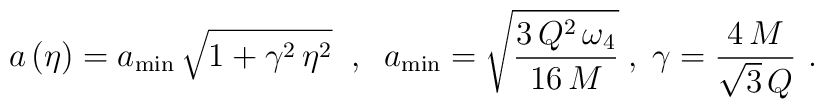
a \left( \eta \right) = a_{\rm min} \, \sqrt{1+ \gamma^2 \, \eta^2} \;\;,\;\; a_{\rm min} = \sqrt{\frac{3 \, Q^2 \, \omega_4}{16 \, M}}\;,\; \gamma=\frac{4\,M}{\sqrt{3}\,Q} \,\,.